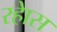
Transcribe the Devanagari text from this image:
रहेास